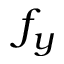
f _ { y }